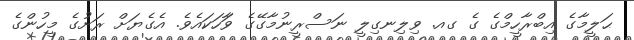
ޙަލީމާގެ އިބްރާހީމްގެ ގެ ގއ. ވިލިނގިލީ ނަސްރީނުމާގޭގެ ވާަހަކައެވެ. އެގެޔަށް ރަށުގެ މީހުންގެ